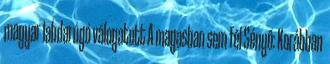
magyar labdarúgó válogatott A magasban sem fél Sényő: Korábban